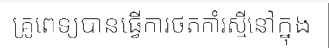
គ្រូពេទ្យបានធ្វើការថតកាំរស្មីនៅក្នុង